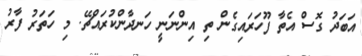
އަބަދު ގޮސް އެތާ ފޫހަރައިގެން ތި އިންނަނީ ހަނދާންކުރައްޗޭ. މި ހަތަރު ފާރު